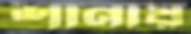
শানায়